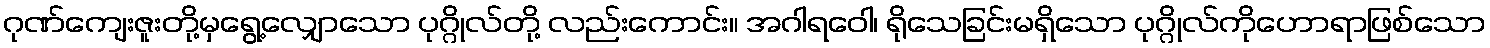
ဂုဏ်ကျေးဇူးတို့မှရွေ့လျှောသော ပုဂ္ဂိုလ်တို့ လည်းကောင်း။ အဂါရဝေါ၊ ရိုသေခြင်းမရှိသော ပုဂ္ဂိုလ်ကိုဟောရာဖြစ်သော